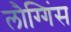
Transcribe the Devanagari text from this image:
लौग्गिंस